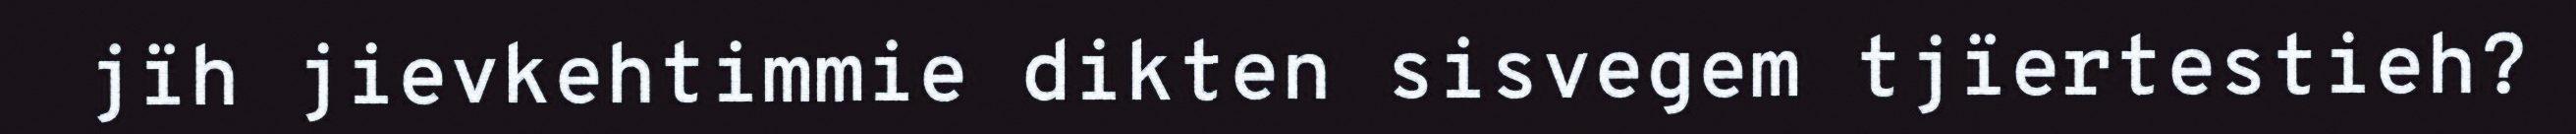
jïh jievkehtimmie dikten sisvegem tjïertestieh?